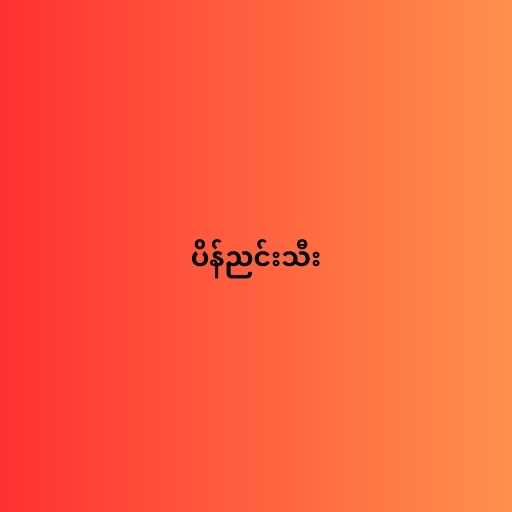
ပိန်ညင်းသီး